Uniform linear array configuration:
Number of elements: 12
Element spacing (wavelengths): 1
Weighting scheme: hann
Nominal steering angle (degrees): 15
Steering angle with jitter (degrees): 16.588
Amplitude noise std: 0.05
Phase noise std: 0.05

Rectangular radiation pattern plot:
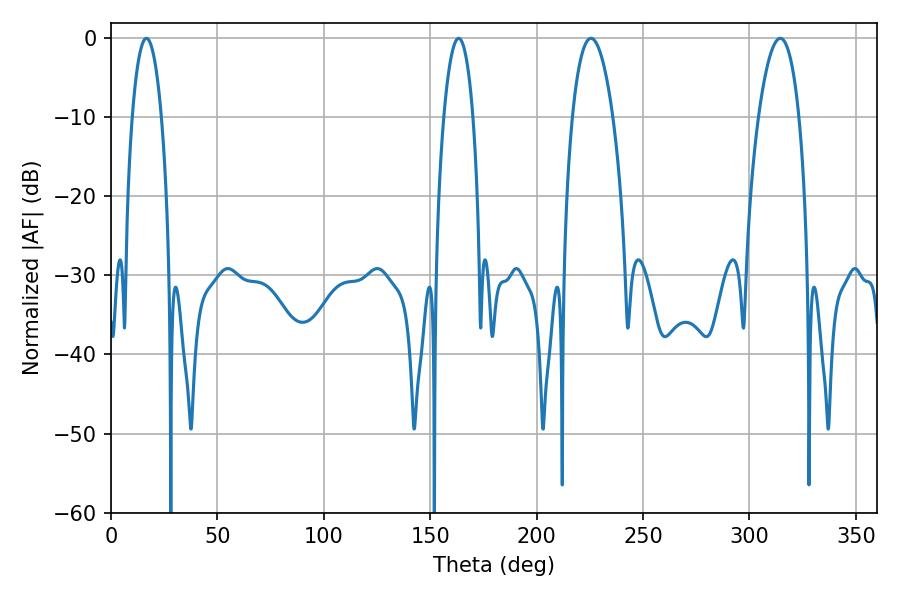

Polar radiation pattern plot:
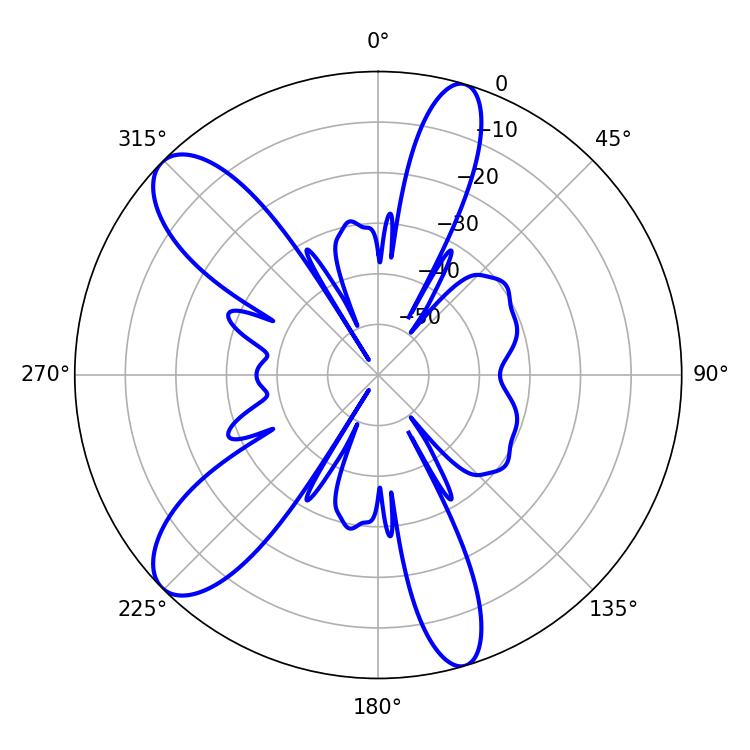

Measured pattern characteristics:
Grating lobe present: TRUE
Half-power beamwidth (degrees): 10.62
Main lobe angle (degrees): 314.46